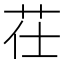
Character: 茌